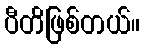
ပီတိဖြစ်တယ်။